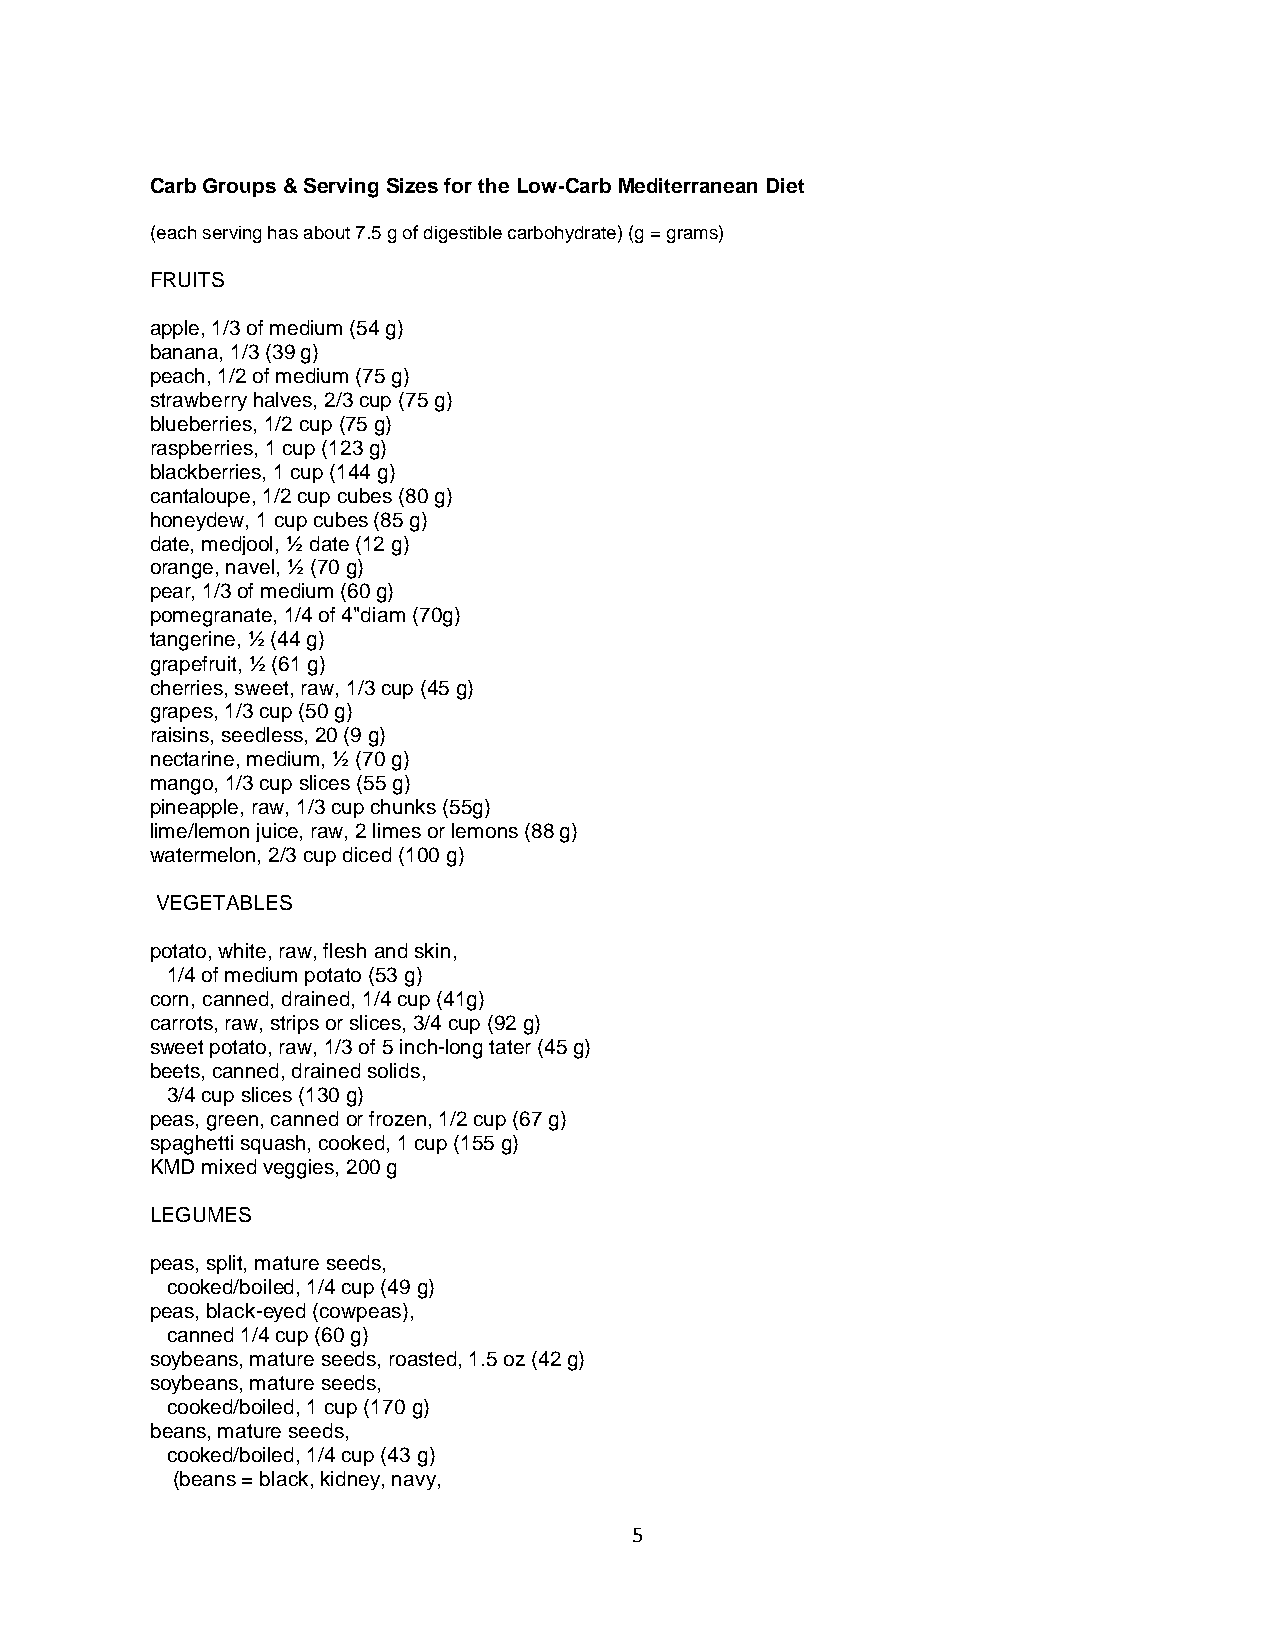
Carb Groups & Serving Sizes for the Low-Carb Mediterranean Diet
 (each serving has about 7.5 g of digestible carbohydrate) (g = grams)
 FRUITS
 apple, 1/3 of medium (54 g)
 banana, 1/3 (39 g)
 peach, 1/2 of medium (75 g)
 strawberry halves, 2/3 cup (75 g)
 blueberries, 1/2 cup (75 g)
 raspberries, 1 cup (123 g)
 blackberries, 1 cup (144 g)
 cantaloupe, 1/2 cup cubes (80 g)
 honeydew, 1 cup cubes (85 g)
 date, medjool, ½ date (12 g)
 orange, navel, ½ (70 g)
 pear, 1/3 of medium (60 g)
 pomegranate, 1/4 of 4"diam (70g)
 tangerine, ½ (44 g)
 grapefruit, ½ (61 g)
 cherries, sweet, raw, 1/3 cup (45 g)
 grapes, 1/3 cup (50 g)
 raisins, seedless, 20 (9 g)
 nectarine, medium, ½ (70 g)
 mango, 1/3 cup slices (55 g)
 pineapple, raw, 1/3 cup chunks (55g)
 lime/lemon juice, raw, 2 limes or lemons (88 g)
 watermelon, 2/3 cup diced (100 g)
 VEGETABLES
 potato, white, raw, flesh and skin,
 1/4 of medium potato (53 g)
 corn, canned, drained, 1/4 cup (41g)
 carrots, raw, strips or slices, 3/4 cup (92 g)
 sweet potato, raw, 1/3 of 5 inch-long tater (45 g)
 beets, canned, drained solids,
 3/4 cup slices (130 g)
 peas, green, canned or frozen, 1/2 cup (67 g)
 spaghetti squash, cooked, 1 cup (155 g)
 KMD mixed veggies, 200 g
 LEGUMES
 peas, split, mature seeds,
 cooked/boiled, 1/4 cup (49 g)
 peas, black-eyed (cowpeas),
 canned 1/4 cup (60 g)
 soybeans, mature seeds, roasted, 1.5 oz (42 g)
 soybeans, mature seeds,
 cooked/boiled, 1 cup (170 g)
 beans, mature seeds,
 cooked/boiled, 1/4 cup (43 g)
 (beans = black, kidney, navy,
 5